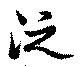
泛